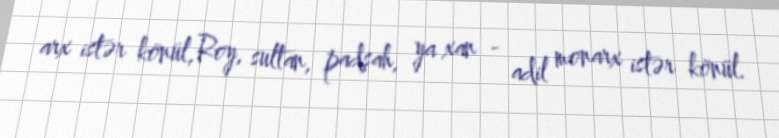
arx istər könül,Roy, sultan, padşah, ya xan - adil monarx istər könül.